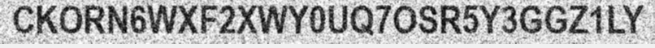
CKORN6WXF2XWY0UQ7OSR5Y3GGZ1LY